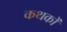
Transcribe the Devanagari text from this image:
कथकों